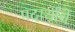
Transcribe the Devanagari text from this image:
पदार्थांचें